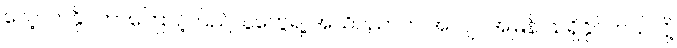
လေ့လာနိုင်တာကြောင့် ပြည်သူတွေရဲ့ အသိပညာက အလျင်အမြန် သိရှိနိုင်တယ်လို့